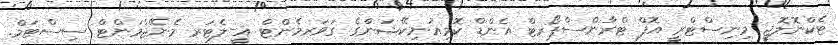
ޓެކްނޮލޮޖީ މިނިސްޓްރީ އޮފް ޓްރާންސްޕޯރޓް އެންޑް ކޮމިއުނިކޭޝަންގެ ގަވަރމެންޓް އީ-ލެޓަރ މެނޭޖްމަންޓް ސިސްޓަމް.